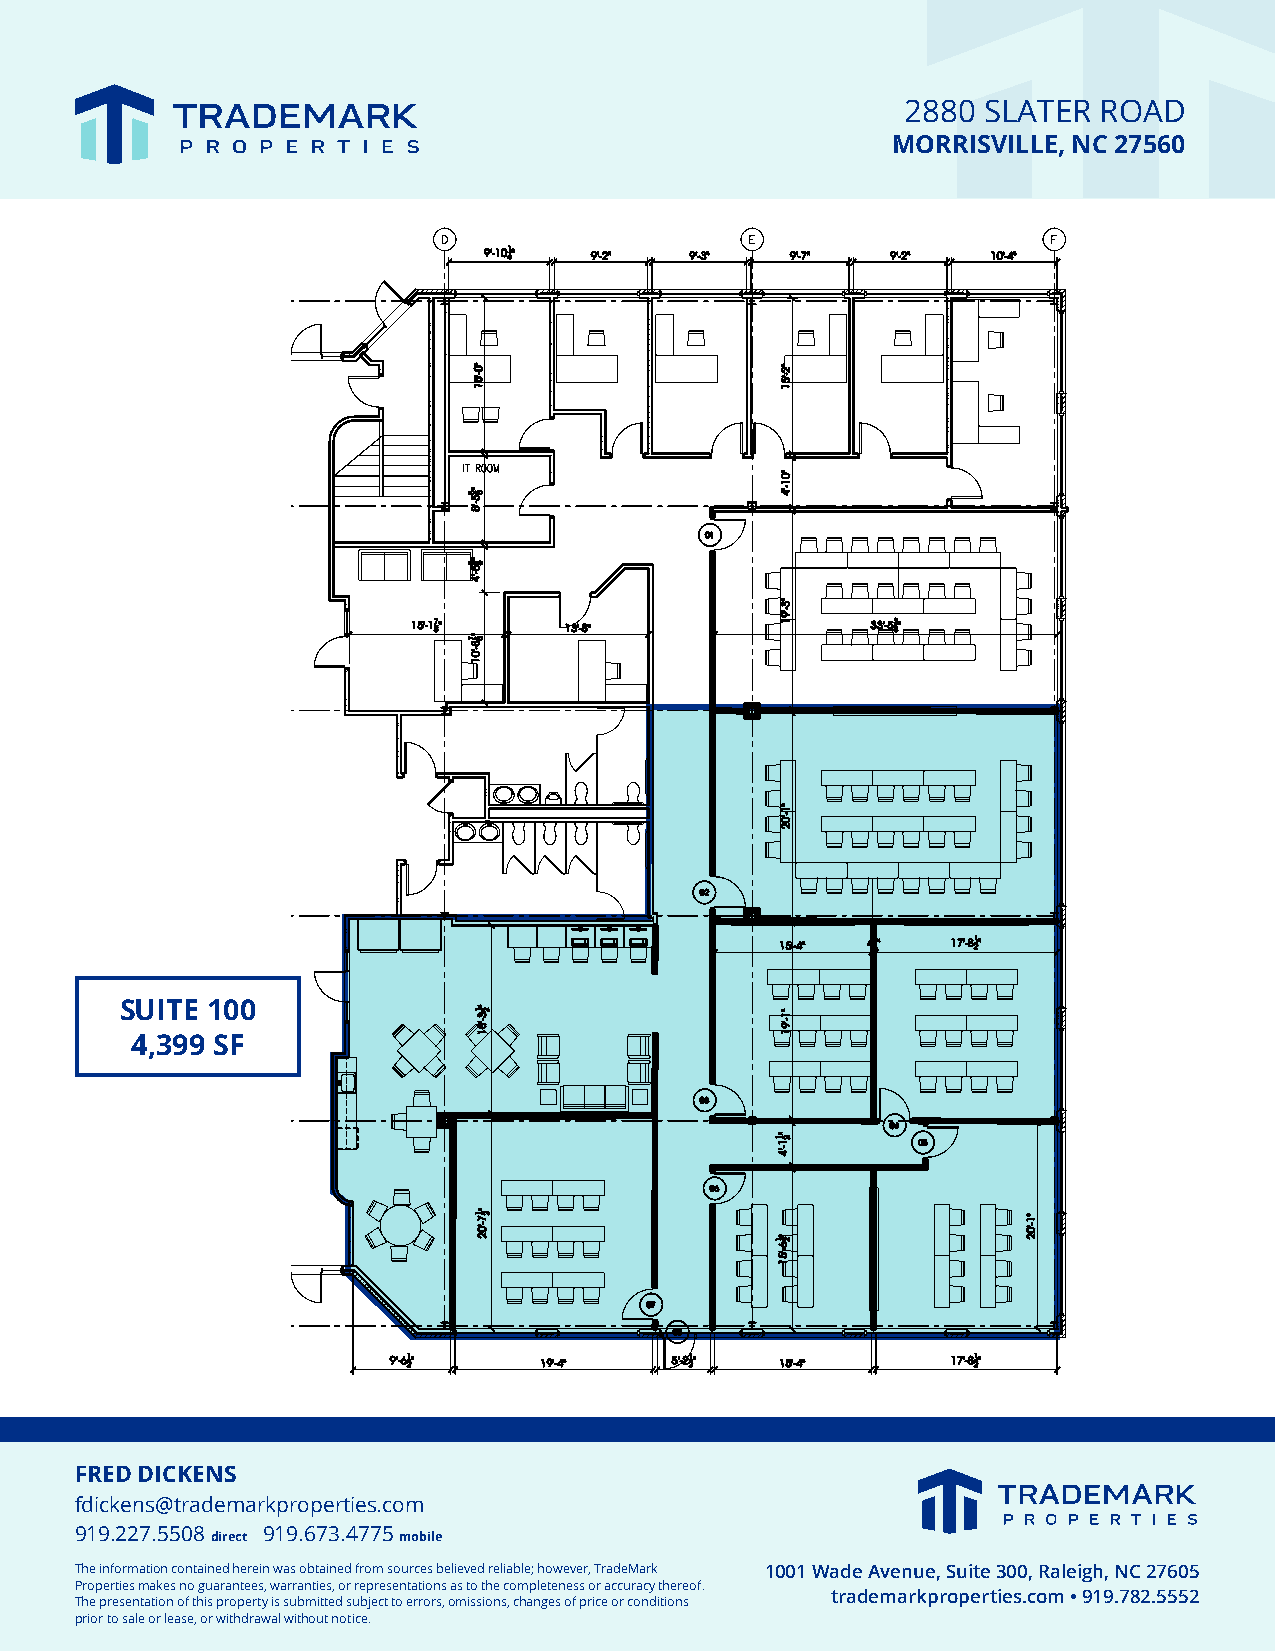
2880 SLATER  ROAD
 MORRISVILLE, NC 27560
 SUITE 100
 4,399 SF
 FRED DICKENS
 fdickens@trademarkproperties.com
 919.227.5508 919.673.4775
 direct      mobile
 The information contained herein was obtained from sources believed reliable; however, TradeMark 1001 Wade Avenue, Suite 300, Raleigh, NC 27605
 Properties makes no guarantees, warranties, or representations as to the completeness or accuracy thereof.
 trademarkproperties.com • 919.782.5552
 The presentation of this property is submitted subject to errors, omissions, changes of price or conditions
 prior to sale or lease, or withdrawal without notice.